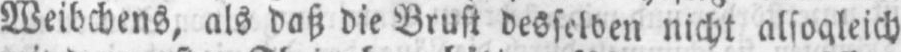
Weibchens, als daß die Brust desselben nicht alsogleich